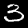
Label: 3